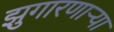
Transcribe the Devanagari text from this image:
झुगारणाऱ्या